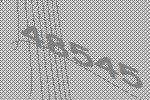
48545